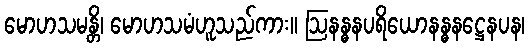
မောဟသမန္တိ၊ မောဟသမံဟူသည်ကား။ ဩနန္ဓနပရိယောနန္ဓနဋ္ဌေနပန၊